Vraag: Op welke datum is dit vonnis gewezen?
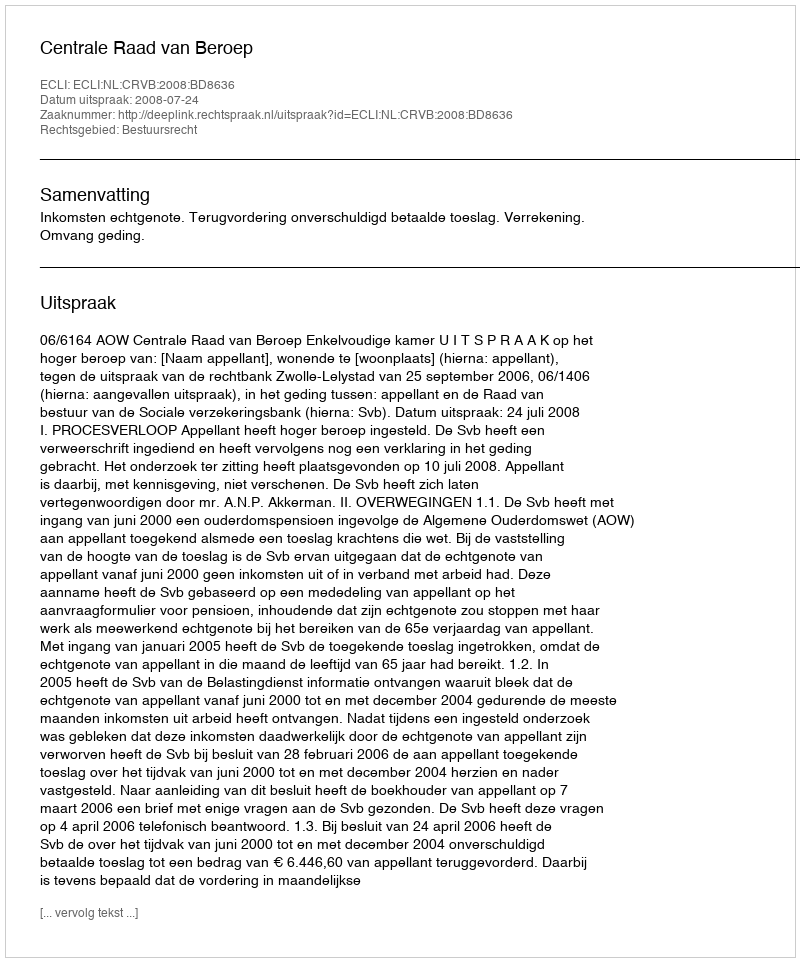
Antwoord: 2008-07-24